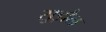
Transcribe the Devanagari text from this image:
सुड़ौल